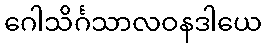
ဂေါသိင်္ဂသာလဝနဒါယေ